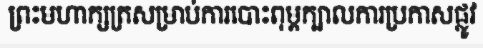
ព្រះមហាក្សត្រសម្រាប់ការបោះពុម្ពក្បាលការប្រកាសផ្លូវ